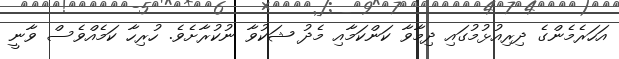
އަހަރެމެންގެ ދިރިއުޅުމުގައި ދިމާވާ ކަންކަމާއި މެދު ޝަކުވާ ނުކުރާށެވެ. ހުރިހާ ކަމެއްވެސް ވާނީ